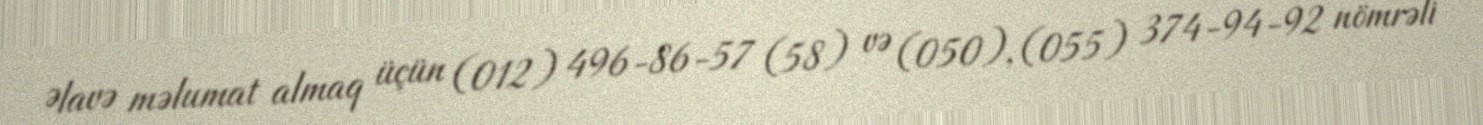
Əlavə məlumat almaq üçün (012) 496-86-57 (58) və (050), (055) 374-94-92 nömrəli